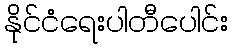
နိုင်ငံရေးပါတီပေါင်း